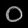
Digit: ၀